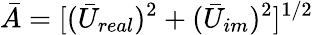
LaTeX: \bar{A}=[(\bar{U}_{real})^{2}+(\bar{U}_{im})^{2}]^{1/2}